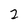
Character: 2